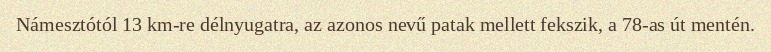
Námesztótól 13 km-re délnyugatra, az azonos nevű patak mellett fekszik, a 78-as út mentén.